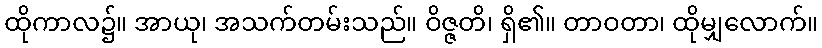
ထိုကာလ၌။ အာယု၊ အသက်တမ်းသည်။ ဝိဇ္ဇတိ၊ ရှိ၏။ တာဝတာ၊ ထိုမျှလောက်။